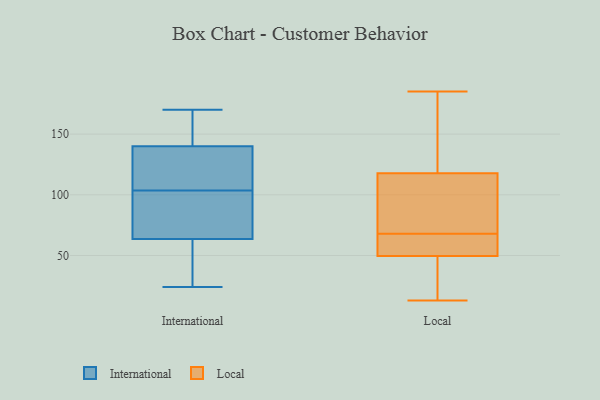
{"axis": {"x": "Headcount", "y": "Value"}, "legend": ["International", "Local"], "data": [{"x": "", "y": 147, "type": "International"}, {"x": "", "y": 101, "type": "International"}, {"x": "", "y": 133, "type": "International"}, {"x": "", "y": 170, "type": "International"}, {"x": "", "y": 106, "type": "International"}, {"x": "", "y": 167, "type": "International"}, {"x": "", "y": 24, "type": "International"}, {"x": "", "y": 59, "type": "International"}, {"x": "", "y": 73, "type": "International"}, {"x": "", "y": 31, "type": "International"}, {"x": "", "y": 115, "type": "International"}, {"x": "", "y": 68, "type": "International"}, {"x": "", "y": 87, "type": "Local"}, {"x": "", "y": 68, "type": "Local"}, {"x": "", "y": 13, "type": "Local"}, {"x": "", "y": 99, "type": "Local"}, {"x": "", "y": 143, "type": "Local"}, {"x": "", "y": 176, "type": "Local"}, {"x": "", "y": 49, "type": "Local"}, {"x": "", "y": 23, "type": "Local"}, {"x": "", "y": 56, "type": "Local"}, {"x": "", "y": 16, "type": "Local"}, {"x": "", "y": 70, "type": "Local"}, {"x": "", "y": 51, "type": "Local"}, {"x": "", "y": 124, "type": "Local"}, {"x": "", "y": 185, "type": "Local"}, {"x": "", "y": 51, "type": "Local"}]}